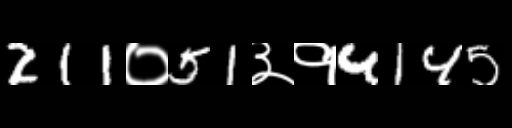
Text: 211०51३१4145